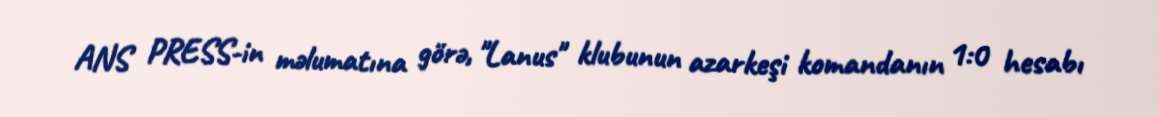
ANS PRESS-in məlumatına görə, "Lanus" klubunun azarkeşi komandanın 1:0 hesabı